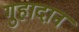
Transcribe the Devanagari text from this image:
गुहादान